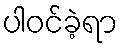
ပါဝင်ခဲ့ရာ